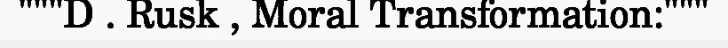
"""D . Rusk , Moral Transformation:"""